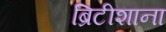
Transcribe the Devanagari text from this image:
ब्रिटीशाना